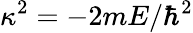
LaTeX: \kappa^{2}=-2mE/\hbar^{2}